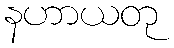
နဟာယတု